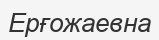
Ерғожаевна